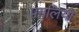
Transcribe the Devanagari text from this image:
पगलियो